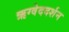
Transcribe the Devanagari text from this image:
ऋग्वेददर्शन